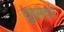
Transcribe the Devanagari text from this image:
धुड़सवार